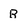
Character: B